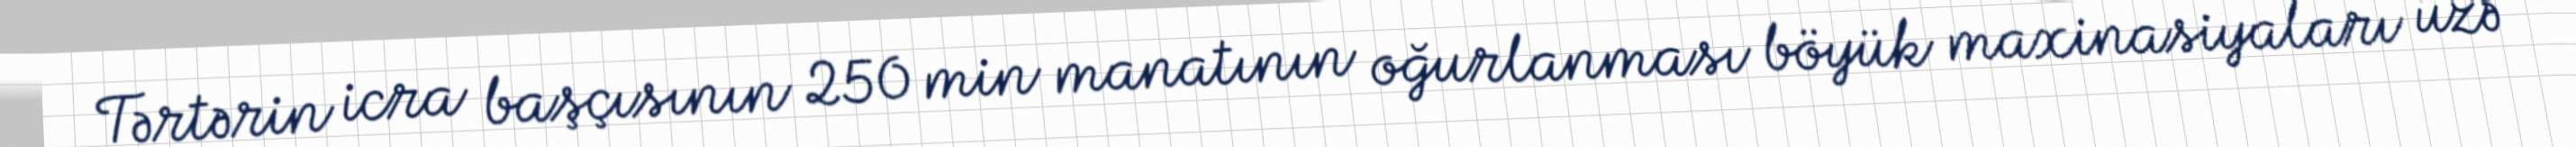
Tərtərin icra başçısının 250 min manatının oğurlanması böyük maxinasiyaları üzə